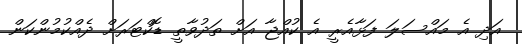
އަދި އެ މައްސަލަ ފަޅާއެރީ އެ ކުއްޖާ އަށް ތަދުވާތީ ޑޮކްޓަރަށް ދެއްކުމުންކަން